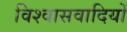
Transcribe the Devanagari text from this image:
विश्वासवादियों